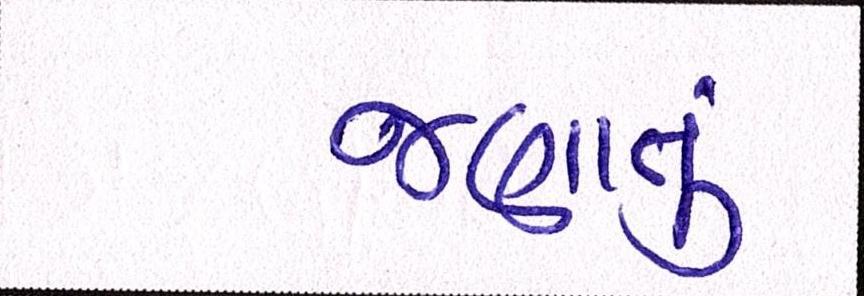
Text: જણાતું